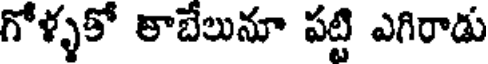
గోళ్ళకో లాబేలునూ పట్టి ఎగిరాడు